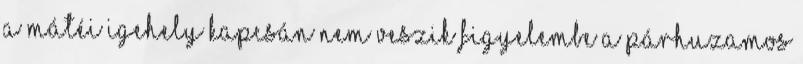
A mátéi igehely kapcsán nem veszik figyelembe a párhuzamos